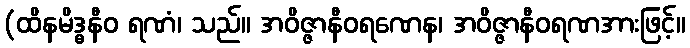
(ထိနမိဒ္ဓနီဝ ရဏံ၊ သည်။ အဝိဇ္ဇာနီဝရဏေန၊ အဝိဇ္ဇာနီဝရဏအားဖြင့်။